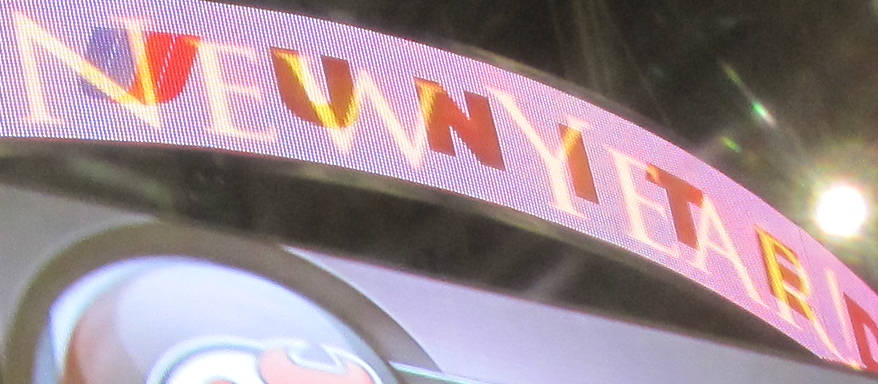
NEW YEAR!